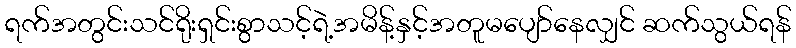
ရက်အတွင်းသင်ရိုးရှင်းစွာသင့်ရဲ့အမိန့်နှင့်အတူမပျော်နေလျှင် ဆက်သွယ်ရန်